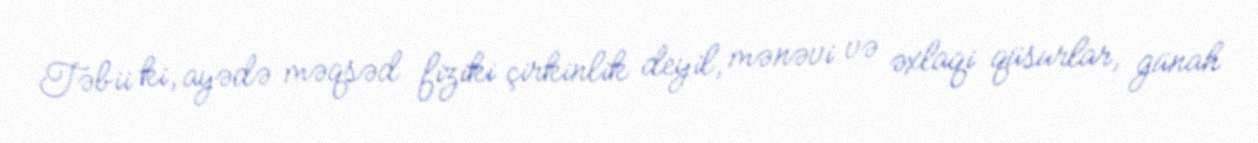
Təbii ki, ayədə məqsəd fiziki çirkinlik deyil, mənəvi və əxlaqi qüsurlar, günah